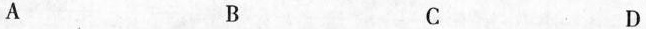
A B C D